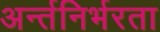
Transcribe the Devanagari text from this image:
अर्न्तनिर्भरता